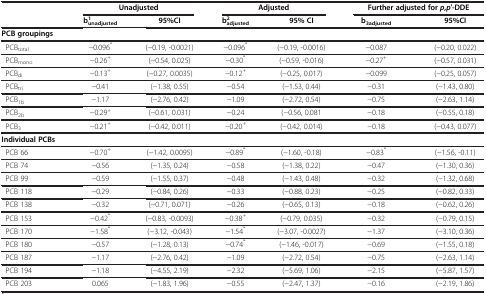
<table><thead><tr><td><b> </b></td><td colspan="2"><b>Unadjusted</b></td><td colspan="2"><b>Adjusted</b></td><td colspan="2"><b>Further adjusted for<i>p,p′</i>-DDE</b></td></tr><tr><td><b> </b></td><td><b>b<sub>unadjusted</sub><sup>1</sup></b></td><td><b>95%CI</b></td><td><b>b<sub>adjusted</sub><sup>2</sup></b></td><td><b>95% CI</b></td><td><b>b<sub>3adjusted</sub></b></td><td><b>95%CI</b></td></tr></thead><tbody><tr><td><b>PCB groupings</b></td><td> </td><td> </td><td> </td><td> </td><td> </td><td> </td></tr><tr><td> PCB<sub>total</sub></td><td>−0.096<sup>*</sup></td><td>(−0.19, -0.0021)</td><td>−0.096<sup>*</sup></td><td>(−0.19, -0.0016)</td><td>−0.087</td><td>(−0.20, 0.022)</td></tr><tr><td> PCB<sub>mono</sub></td><td>−0.26<sup>+</sup></td><td>(−0.54, 0.025)</td><td>−0.30<sup>*</sup></td><td>(−0.59, -0.016)</td><td>−0.27<sup>+</sup></td><td>(−0.57, 0.031)</td></tr><tr><td> PCB<sub>di</sub></td><td>−0.13<sup>+</sup></td><td>(−0.27, 0.0035)</td><td>−0.12<sup>+</sup></td><td>(−0.25, 0.017)</td><td>−0.099</td><td>(−0.25, 0.057)</td></tr><tr><td> PCB<sub>tri</sub></td><td>−0.41</td><td>(−1.38, 0.55)</td><td>−0.54</td><td>(−1.53, 0.44)</td><td>−0.31</td><td>(−1.43, 0.80)</td></tr><tr><td> PCB<sub>1b</sub></td><td>−1.17</td><td>(−2.76, 0.42)</td><td>−1.09</td><td>(−2.72, 0.54)</td><td>−0.75</td><td>(−2.63, 1.14)</td></tr><tr><td> PCB<sub>2b</sub></td><td>−0.29<sup>+</sup></td><td>(−0.61, 0.031)</td><td>−0.24</td><td>(−0.56, 0.081</td><td>−0.18</td><td>(−0.55, 0.18)</td></tr><tr><td> PCB<sub>3</sub></td><td>−0.21<sup>+</sup></td><td>(−0.42, 0.011)</td><td>−0.20<sup>+</sup></td><td>(−0.42, 0.014)</td><td>−0.18</td><td>(−0.43, 0.077)</td></tr><tr><td><b>Individual PCBs</b></td><td> </td><td> </td><td> </td><td> </td><td> </td><td> </td></tr><tr><td> PCB 66</td><td>−0.70<sup>+</sup></td><td>(−1.42, 0.0095)</td><td>−0.89<sup>*</sup></td><td>(−1.60, -0.18)</td><td>−0.83<sup>*</sup></td><td>(−1.56, -0.11)</td></tr><tr><td> PCB 74</td><td>−0.56</td><td>(−1.35, 0.24)</td><td>−0.58</td><td>(−1.38, 0.22)</td><td>−0.47</td><td>(−1.30, 0.36)</td></tr><tr><td> PCB 99</td><td>−0.59</td><td>(−1.55, 0.37)</td><td>−0.48</td><td>(−1.43, 0.48)</td><td>−0.32</td><td>(−1.32, 0.68)</td></tr><tr><td> PCB 118</td><td>−0.29</td><td>(−0.84, 0.26)</td><td>−0.33</td><td>(−0.88, 0.23)</td><td>−0.25</td><td>(−0.82, 0.33)</td></tr><tr><td> PCB 138</td><td>−0.32</td><td>(−0.71, 0.071)</td><td>−0.26</td><td>(−0.65, 0.13)</td><td>−0.18</td><td>(−0.62, 0.26)</td></tr><tr><td> PCB 153</td><td>−0.42<sup>*</sup></td><td>(−0.83, -0.0093)</td><td>−0.38<sup>+</sup></td><td>(−0.79, 0.035)</td><td>−0.32</td><td>(−0.79, 0.15)</td></tr><tr><td> PCB 170</td><td>−1.58<sup>*</sup></td><td>(−3.12, -0.043)</td><td>−1.54<sup>*</sup></td><td>(−3.07, -0.0027)</td><td>−1.37</td><td>(−3.10, 0.36)</td></tr><tr><td> PCB 180</td><td>−0.57</td><td>(−1.28, 0.13)</td><td>−0.74<sup>*</sup></td><td>(−1.46, -0.017)</td><td>−0.69</td><td>(−1.55, 0.18)</td></tr><tr><td> PCB 187</td><td>−1.17</td><td>(−2.76, 0.42)</td><td>−1.09</td><td>(−2.72, 0.54)</td><td>−0.75</td><td>(−2.63, 1.14)</td></tr><tr><td> PCB 194</td><td>−1.18</td><td>(−4.55, 2.19)</td><td>−2.32</td><td>(−5.69, 1.06)</td><td>−2.15</td><td>(−5.87, 1.57)</td></tr><tr><td> PCB 203</td><td>0.065</td><td>(−1.83, 1.96)</td><td>−0.55</td><td>(−2.47, 1.37)</td><td>−0.16</td><td>(−2.19, 1.86)</td></tr></tbody></table>